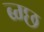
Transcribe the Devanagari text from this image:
ब्ग्छ